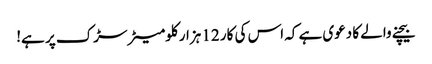
بیچنے والے کا دعوی ہے کہ اس کی کار 12 ہزار کلومیٹر سڑک پر ہے!